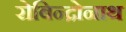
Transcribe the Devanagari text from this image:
रोबिन्द्रोनाथ